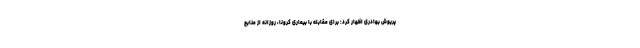
پریوش بهادری اظهار کرد: برای مقابله با بیماری کرونا، روزانه از منابع